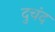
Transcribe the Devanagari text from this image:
दुचंद